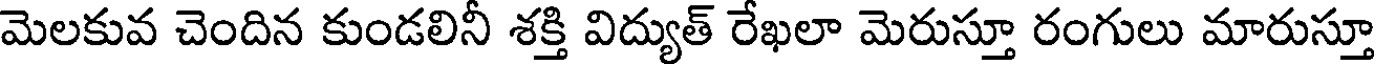
మెలకువ చెందిన కుండలినీ శక్తి విద్యుత్ రేఖలా మెరుస్తూ రంగులు మారుస్తూ